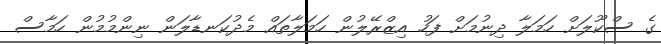
ގެ ސްކޫލަށް ހަމަލާ ދިނުމަށް ފަހު އިޒްރޭލުން ހަމަލާތައް މެދުކަނޑާލަން ނިންމުމުން ހަމާސް